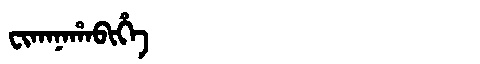
Manchu: ᠸᡳᡴᠠᠨᠠᡥᠠᠪᡳᡥᡝ
Romanization: FIKANAHABIHE